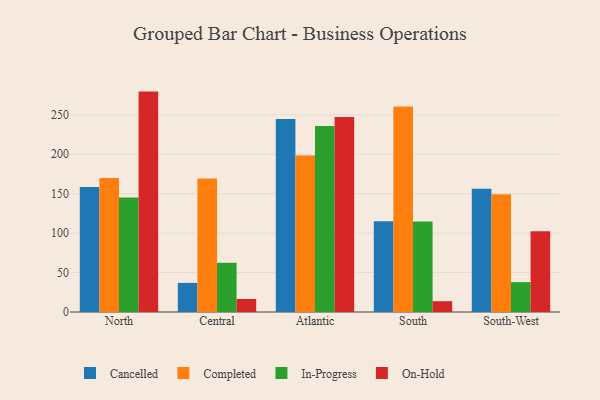
{"axis": {"x": "Region", "y": "Churn Rate (%)"}, "legend": ["Cancelled", "Completed", "In-Progress", "On-Hold"], "data": [{"x": "North", "y": 158.5, "type": "Cancelled"}, {"x": "North", "y": 170.0, "type": "Completed"}, {"x": "North", "y": 145.1, "type": "In-Progress"}, {"x": "North", "y": 279.4, "type": "On-Hold"}, {"x": "Central", "y": 36.9, "type": "Cancelled"}, {"x": "Central", "y": 169.2, "type": "Completed"}, {"x": "Central", "y": 62.4, "type": "In-Progress"}, {"x": "Central", "y": 16.5, "type": "On-Hold"}, {"x": "Atlantic", "y": 244.6, "type": "Cancelled"}, {"x": "Atlantic", "y": 198.5, "type": "Completed"}, {"x": "Atlantic", "y": 235.9, "type": "In-Progress"}, {"x": "Atlantic", "y": 247.3, "type": "On-Hold"}, {"x": "South", "y": 115.1, "type": "Cancelled"}, {"x": "South", "y": 260.6, "type": "Completed"}, {"x": "South", "y": 114.8, "type": "In-Progress"}, {"x": "South", "y": 13.7, "type": "On-Hold"}, {"x": "South-West", "y": 156.1, "type": "Cancelled"}, {"x": "South-West", "y": 149.3, "type": "Completed"}, {"x": "South-West", "y": 37.9, "type": "In-Progress"}, {"x": "South-West", "y": 102.4, "type": "On-Hold"}]}